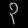
Digit: ၃